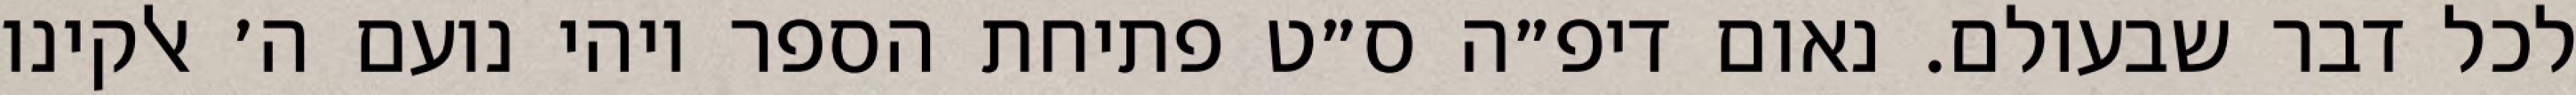
לכל דבר שבעולם. נאום דיפ״ה ס״ט פתיחת הספר ויהי נועם ה׳ אלקינו